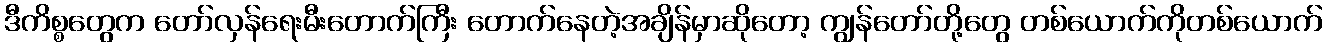
ဒီကိစ္စတွေက တော်လှန်ရေးမီးတောက်ကြီး တောက်နေတဲ့အချိန်မှာဆိုတော့ ကျွန်တော်တို့တွေ တစ်ယောက်ကိုတစ်ယောက်